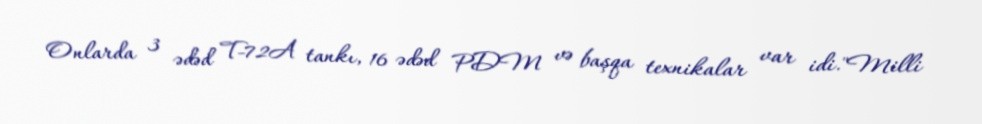
Onlarda 3 ədəd T-72A tankı, 16 ədəd PDM və başqa texnikalar var idi."Milli